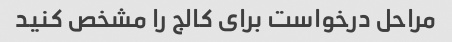
مراحل درخواست برای کالج را مشخص کنید